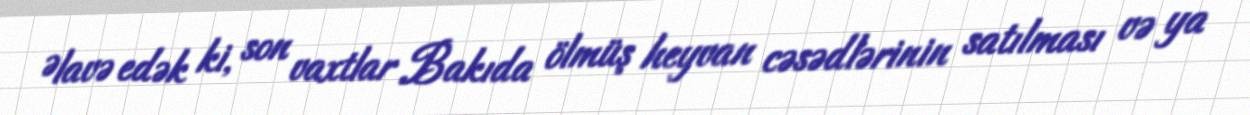
Əlavə edək ki, son vaxtlar Bakıda ölmüş heyvan cəsədlərinin satılması və ya